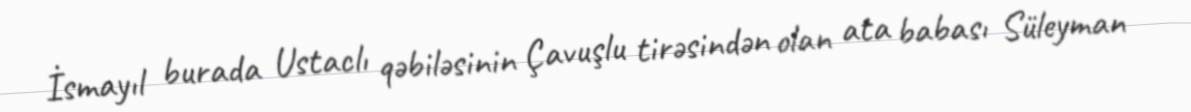
İsmayıl burada Ustaclı qəbiləsinin Çavuşlu tirəsindən olan ata babası Süleyman